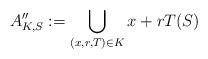
LaTeX: \begin{align*}A''_{K,S}: = \bigcup_{(x,r,T)\in K} x+rT(S)\end{align*}